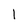
Character: 1